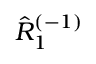
\hat { R } _ { 1 } ^ { ( - 1 ) }